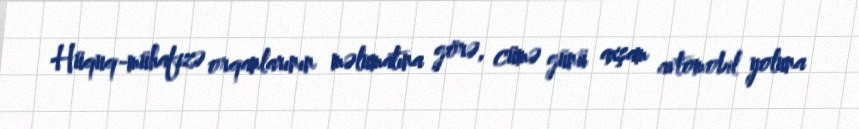
Hüquq-mühafizə orqanlarının məlumatına görə, cümə günü axşam avtomobil yoluna